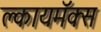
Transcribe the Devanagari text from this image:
क्लायमॅक्स